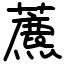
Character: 藨